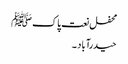
محفل نعت پاک ﷺ
حیدرآباد ۔